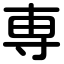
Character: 専